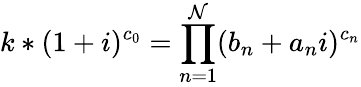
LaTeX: k*(1+i)^{c_{0}}=\prod_{n=1}^{\mathcal{N}}(b_{n}+a_{n}i)^{c_{n}}